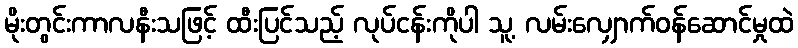
မိုးတွင်းကာလနီးသဖြင့် ထီးပြင်သည့် လုပ်ငန်းကိုပါ သူ့ လမ်းလျှောက်ဝန်ဆောင်မှုထဲ